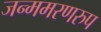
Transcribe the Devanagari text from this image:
जन्ममरणरुप